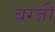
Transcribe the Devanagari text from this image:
बग्जी